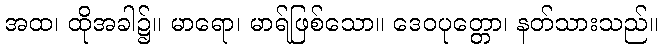
အထ၊ ထိုအခါ၌။ မာရော၊ မာရ်ဖြစ်သော။ ဒေဝပုတ္တော၊ နတ်သားသည်။